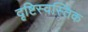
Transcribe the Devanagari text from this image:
दृष्टिस्वस्तिक